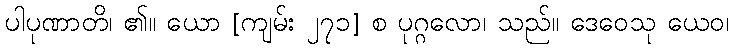
ပါပုဏာတိ၊ ၏။ ယော [ကျမ်း ၂၇၁] စ ပုဂ္ဂလော၊ သည်။ ဒေဝေသု ယေဝ၊